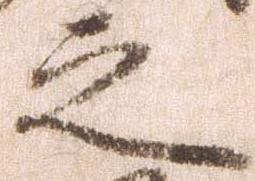
之